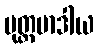
ပုတ္တမာဒါယ